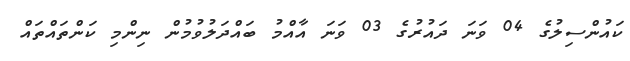
ކައުންސިލުގެ 04 ވަނަ ދައުރުގެ 03 ވަނަ އާއްމު ބައްދަލުވުމުން ނިންމި ކަންތައްތައް